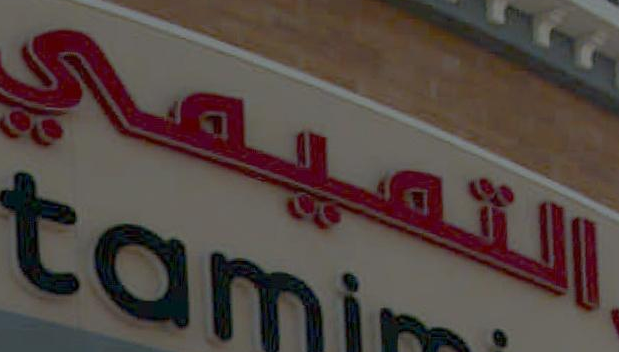
التميمي